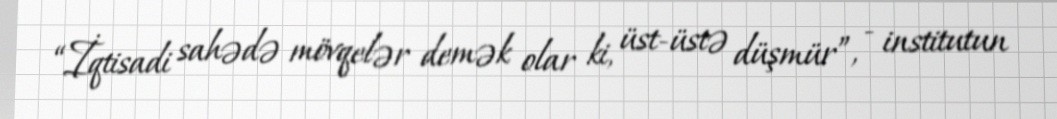
“İqtisadi sahədə mövqelər demək olar ki, üst-üstə düşmür”, - institutun